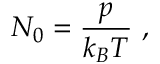
{ \cal { N } } _ { 0 } = \frac { p } { k _ { B } T } \, \, ,